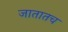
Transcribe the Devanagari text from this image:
जातातच